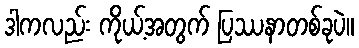
ဒါကလည်း ကိုယ့်အတွက် ပြဿနာတစ်ခုပဲ။